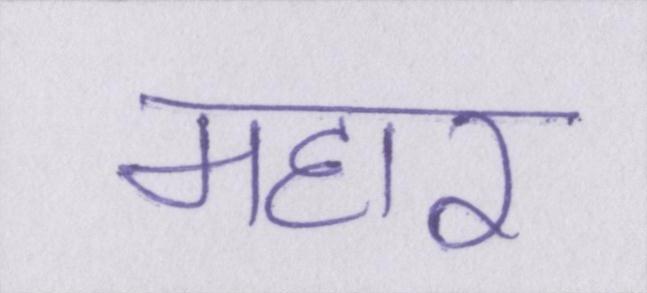
महार